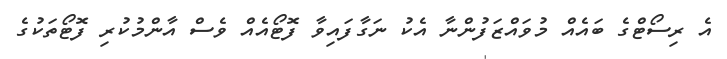
އެ ރިސޯޓްގެ ބައެއް މުވައްޒަފުންނާ އެކު ނަގާފައިވާ ފޮޓޯއެއް ވެސް އާންމުކުރި ފޮޓޯތަކުގެ